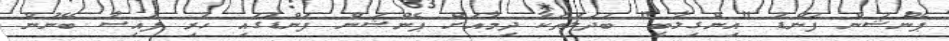
ޕެންޝަން ފަންޑު "އިންގިލާބީ" ބަދަލުތަކާ ދިމާއަށް ޕެންޝަން ފަންޑުގައި ހުރި ފައިސާ ބޭނުން